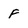
Character: F